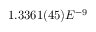
1 . 3 3 6 1 ( 4 5 ) E ^ { - 9 }